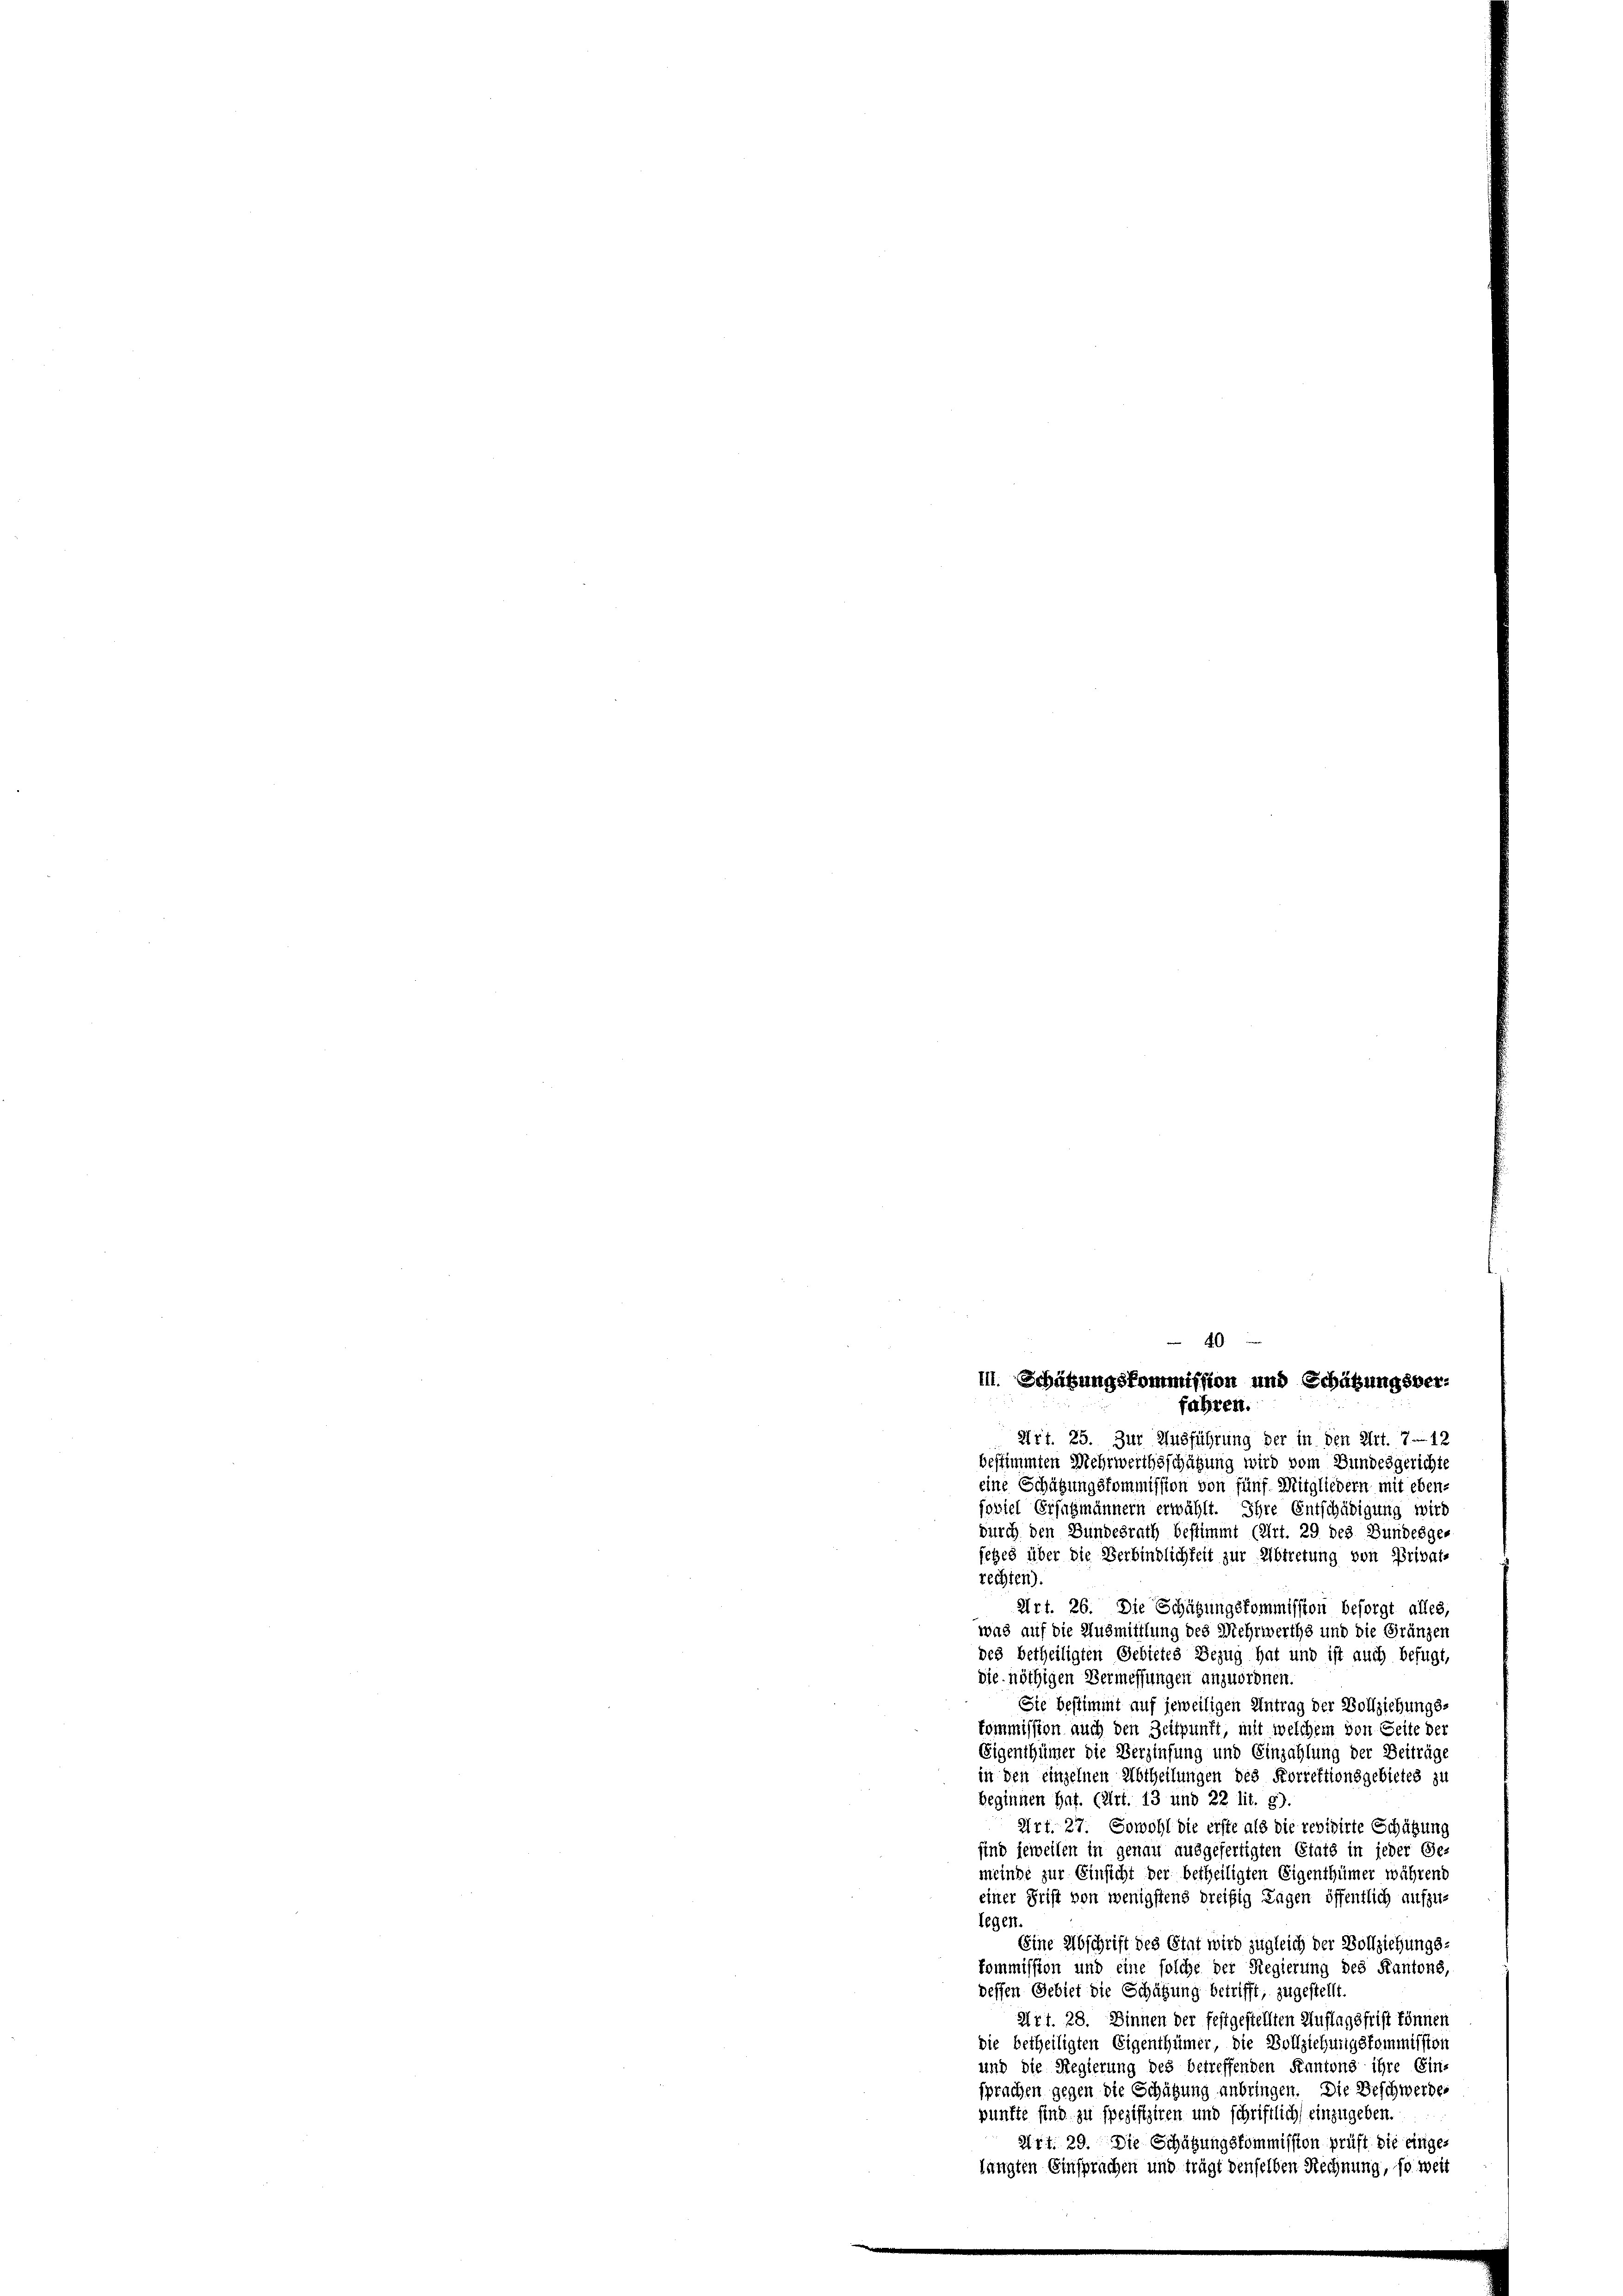
40
in. Schätzungskommission und Schätzungsver¬

fahren.
Art. 25. Zur Ausführung der in den Art. 712
bestimmten Mehrwerthsschätzung wird vom Bundesgerichte
eine Schätzungskommission von fünf Mitgliedern mit eben-
soviel Erfasmännern erwählt. Ihre Entschädigung wird
durch den Bundesrath bestimmt (Art. 29 des Bundesge-
iehes über die Verbindlichkeit zur Abtretung von Privat-
rechten).
Art. 26. Die Schätzungskommission besorgt alles,
was auf die Ausmittlung des Mehrwerths und die Gränzen
des betheiligten Gebietes Bezug hat und ist auch befugt,
die nöthigen Vermessungen anzuordnen.
Sie bestimmt auf jeweiligen Antrag der Vollziehungs-
kommission auch den Zeitpunkt, mit welchem von Seite der
Eigenthümer die Verzinsung und Einzahlung der Beiträge
in den einzelnen Abtheilungen des Korrektionsgebietes zu
beginnen hat. (Art. 13 und 22 lit. g).
Art. 27. Sowohl die erste als die revidirte Schätzung
sind jeweilen in genau ausgefertigten Etats in jeder Ge-
meinde zur Einsicht der betheiligten Eigenthümer während
einer Frist von wenigstens dreisig Tagen öffentlich aufzulegen.
Eine Abschrift des Etat wird zugleich der Vollziehungs-
kommission und eine solche der Regierung des Kantons,
dessen Gebiet die Schätzung betrifft, zugestellt.
Art. 28. Dinnen der festgestellten Auflagsfrist können
die betheiligten Eigenthümer, die Vollziehungskommission
und die Regierung des betreffenden Kantons ihre Ein-
sprachen gegen die Schätzung anbringen. Die Beschwerdes
pünfte sind zu spezifiziren und schriftlich einzugeben.
Art. 29. Die Schützungskommission prüft die eingelangten Einsprachen und trägt denselben Rechnung, so weit